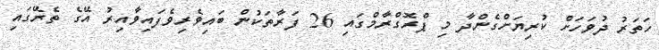
ހަތަރު ދުވަހަށް ކުރިޔަށްގެންދާ މި ޕްރޮގްރާމްގައި 26 ފަރާތަކުން ބައިވެރިވެފައިވާއިރު އޭގެ ތެރޭގައި